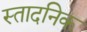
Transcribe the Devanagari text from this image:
स्तादनिक